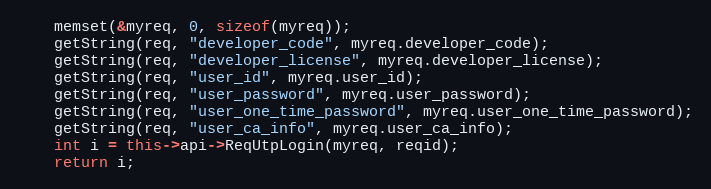
Language: C++
	memset(&myreq, 0, sizeof(myreq));
	getString(req, "developer_code", myreq.developer_code);
	getString(req, "developer_license", myreq.developer_license);
	getString(req, "user_id", myreq.user_id);
	getString(req, "user_password", myreq.user_password);
	getString(req, "user_one_time_password", myreq.user_one_time_password);
	getString(req, "user_ca_info", myreq.user_ca_info);
	int i = this->api->ReqUtpLogin(myreq, reqid);
	return i;